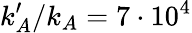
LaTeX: k_{A}^{\prime}/k_{A}=7\cdot 10^{4}